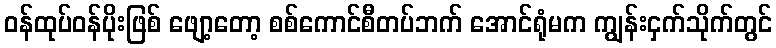
ဝန်ထုပ်ဝန်ပိုးဖြစ် ဖျော့တော့ စစ်ကောင်စီတပ်ဘက် အောင်ရုံမက ကျွန်းငှက်သိုက်တွင်